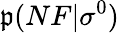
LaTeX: \mathfrak{p}(NF|\sigma^{0})